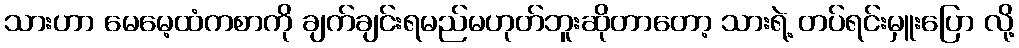
သားဟာ မေမေ့ထံကစာကို ချက်ချင်းရမည်မဟုတ်ဘူးဆိုတာတော့ သားရဲ့ တပ်ရင်းမှူးပြော လို့